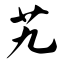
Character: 艽